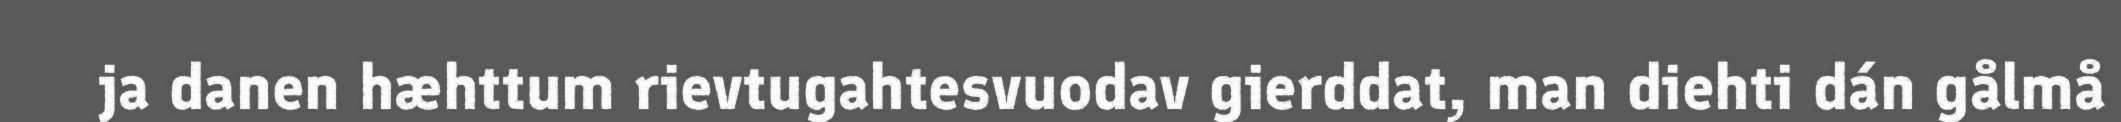
ja danen hæhttum rievtugahtesvuodav gierddat, man diehti dán gålmå